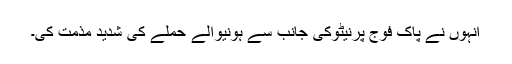
انہوں نے پاک فوج پرنیٹوکی جانب سے ہونیوالے حملے کی شدید مذمت کی۔